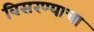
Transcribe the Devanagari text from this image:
विसरण्याचा